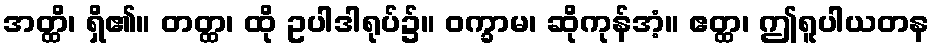
အတ္ထိ၊ ရှိ၏။ တတ္ထ၊ ထို ဥပါဒါရုပ်၌။ ဝက္ခာမ၊ ဆိုကုန်အံ့။ ဧတ္ထ၊ ဤရူပါယတန